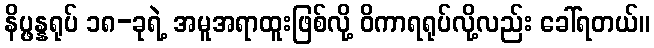
နိပ္ဖန္နရုပ် ၁၈-ခုရဲ့ အမူအရာထူးဖြစ်လို့ ဝိကာရရုပ်လို့လည်း ခေါ်ရတယ်။